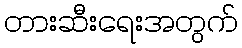
တားဆီးရေးအတွက်